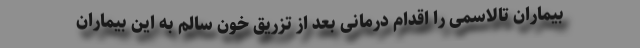
بیماران تالاسمی را اقدام درمانی بعد از تزریق خون سالم به این بیماران